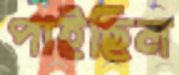
পাইছিল